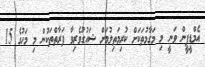
އެމްޑީޕީން ވަނީ މި މަގާމުތަކަށް ކުރިމަތިލުމަށް ޝައުގުވެރިވާ ފަރާތްތަކުން މި މަހުގެ 15